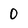
Character: 0